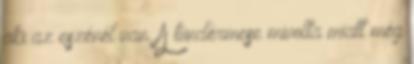
aki az eszénél van. A tündérmese mivolta miatt még